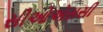
સીઓએસસી